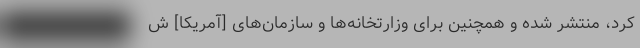
کرد، منتشر شده و همچنین برای وزارتخانه‌ها و سازمان‌های [آمریکا] ش